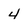
Character: 4